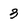
Character: 3